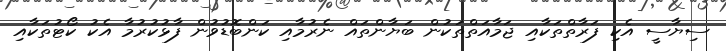
ސިޔާސީ އެކި ފަރާތްތަކާއި ޖަމާއަތްތަކުން ބަޔާންތައް ނެރުމާއި ކަންބޮޑުވުން ފާޅުކުރުމާ އެކު ކޯޓުތަކާއި